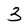
Character: 3